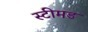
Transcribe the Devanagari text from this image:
स्टीमड